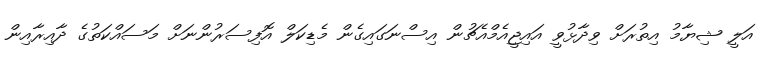
އަލީ ޝިޔާމު އިތުރަށް ވިދާޅުވީ އައިޖީއެމްއެޗުން އިސްނަގައިގެން މެޑިކަލް އޮފިސަރުންނަށް މަސައްކަތުގެ ދާއިރާއިން